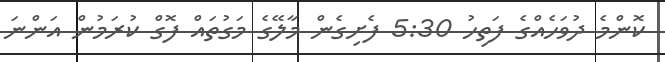
ކޮންމެ ދުވަހެއްގެ ފަތިހު 5:30 ފެށިގެން މާލޭގެ މަގުތައް ފޮގް ކުރަމުން އަންނަ